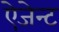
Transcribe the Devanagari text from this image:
ऐजेन्‍ट